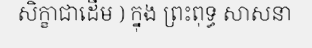
សិក្ខាជាដើម ) ក្នុង ព្រះពុទ្ធ សាសនា